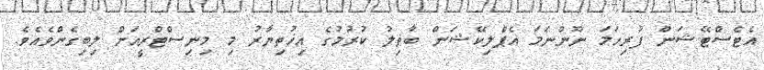
އެޓެސްޓޭޝަން ފުރިހަމަ ނޫންނަމަ އެޕްލިކޭޝަން ބާޠިލު ކުރުމުގެ އިޚުތިޔާރު މި މިނިސްޓްރީއަށް ލިބިގެންވެއެވެ.